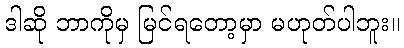
ဒါဆို ဘာကိုမှ မြင်ရတော့မှာ မဟုတ်ပါဘူး။